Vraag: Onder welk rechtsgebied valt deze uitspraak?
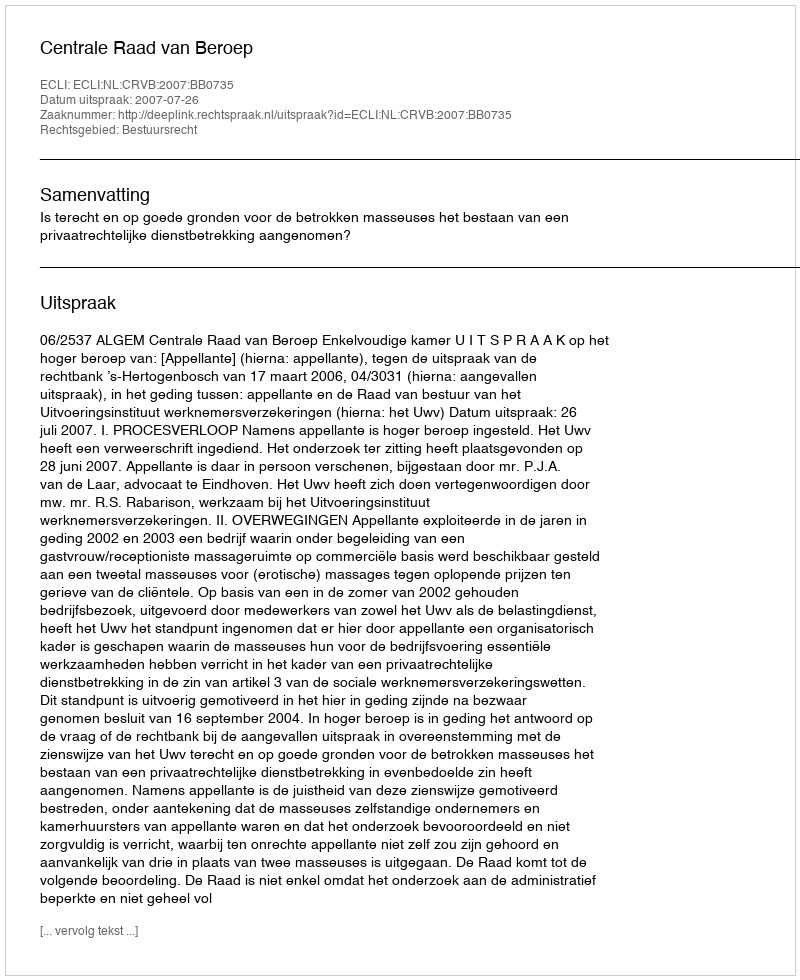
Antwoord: Bestuursrecht